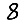
Digit: 8